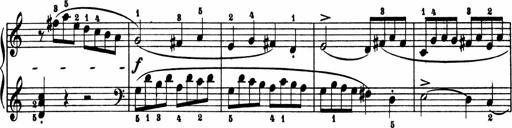
Title: 2 Sonatinen
Composer: Lambertus Adrianus van Tetterode